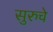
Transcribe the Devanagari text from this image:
सुरुचे